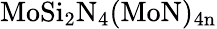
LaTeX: \mathrm{MoSi_{2}N_{4}(MoN)_{4n}}